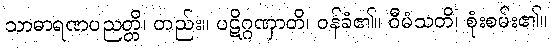
သာဓာရဏပညတ္တိ၊ တည်း။ ပဋိဂ္ဂဏှာတိ၊ ဝန်ခံ၏။ ဝီမံသတိ၊ စုံးစမ်း၏။